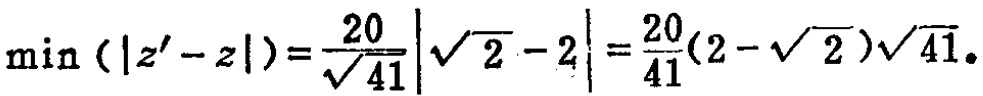
$\min \left(\left|z^{\prime}-z\right|\right)=\frac{20}{\sqrt{41}}|\sqrt{2}-2|=\frac{20}{41}(2-\sqrt{2})\sqrt{41} .$